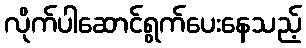
လိုက်ပါဆောင်ရွက်ပေးနေသည့်